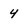
Character: 4